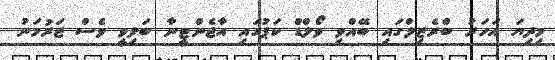
މިދިޔަ އަހަރު ބްރެޒިލްގައި ބޭއްވި ވޯލްޑް ކަޕުގައި އާޖެންޓީނާ ބަލިވީ ވެސް ޖަރުމަނު